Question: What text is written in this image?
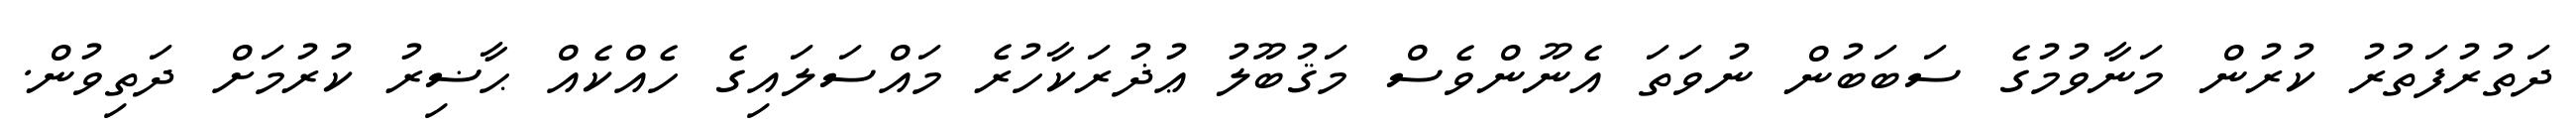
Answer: ދަތުރުފަތުރު ކުރުން މަނާވުމުގެ ސަބަބުން ނުވަތަ އެނޫންވެސް މަޤުބޫލު ޢުޛުރަކާހުރެ މައްސަލައިގެ ހެއްކެއް ޙާޟިރު ކުރުމަށް ދަތިވުން.